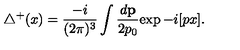
{ \triangle } ^ { + } ( x ) = \frac { - i } { ( 2 \pi ) ^ { 3 } } \int \frac { d { \bf p } } { 2 p _ { 0 } } { \exp - i [ p x ] } .